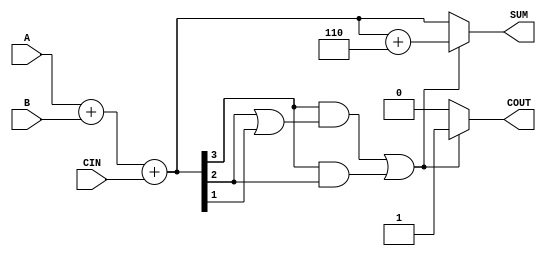
module BCD_Conditional_Adder (
    input  wire [3:0] A,      // First BCD operand
    input  wire [3:0] B,      // Second BCD operand
    input  wire CIN,          // Carry input
    output reg  [3:0] SUM,    // BCD sum output
    output reg  COUT          // Carry output
);

    wire [4:0] S;             // 5-bit sum to accommodate carry
    wire correction_needed;    // Flag for correction

    // Step 1: Perform binary addition
    assign S = A + B + CIN;

    // Step 2: Check if correction is needed (S[3:0] > 9)
    assign correction_needed = (S[3] & (S[2] | S[1])) | (S[3] & S[2]);

    // Step 3: Apply correction if needed
    always @(*) begin
        if (correction_needed) begin
            SUM = S[3:0] + 4'b0110; // Add 6 to the sum
            COUT = 1;               // Set carry out
        end else begin
            SUM = S[3:0];           // No correction needed
            COUT = 0;               // No carry out
        end
    end

endmodule